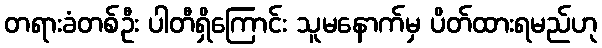
တရားခံတစ်ဦး ပါတီရှိကြောင်း သူမနောက်မှ ပိတ်ထားရမည်ဟု